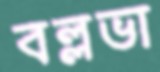
বল্লভা